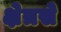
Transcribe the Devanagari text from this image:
क्षेत्रसे